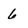
Character: 6